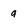
Character: a